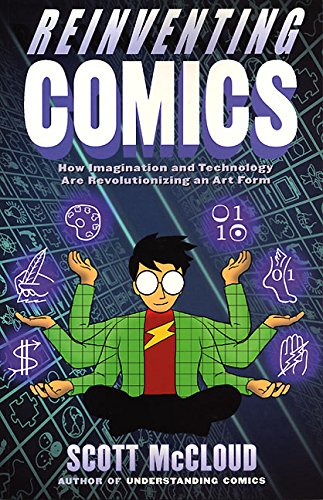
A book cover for Reinventing Comics: How Imagination and Technology Are Revolutionizing an Art Form; Scott McCloud; Comics & Graphic Novels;